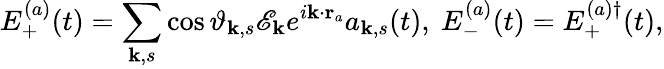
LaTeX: E_{+}^{(a)}(t)=\sum_{\mathbf{k},s}\cos{\vartheta_{\mathbf{k},s}}\mathscr{E}_{\mathbf{k}}e^{i\mathbf{k}\cdot\mathbf{r}_{a}}a_{\mathbf{k},s}(t),~E_{-}^{(a)}(t)={E_{+}^{(a)\dagger}(t)},